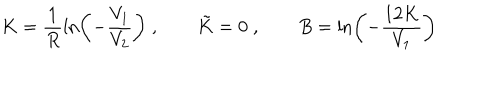
LaTeX: K = \frac { 1 } { R } \ln \left( - \frac { V _ { 1 } } { V _ { 2 } } \right) \; , \qquad \tilde { K } = 0 \; , \qquad B = \ln \left( - \frac { 1 2 K } { V _ { 1 } } \right)